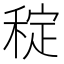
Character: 𥟐